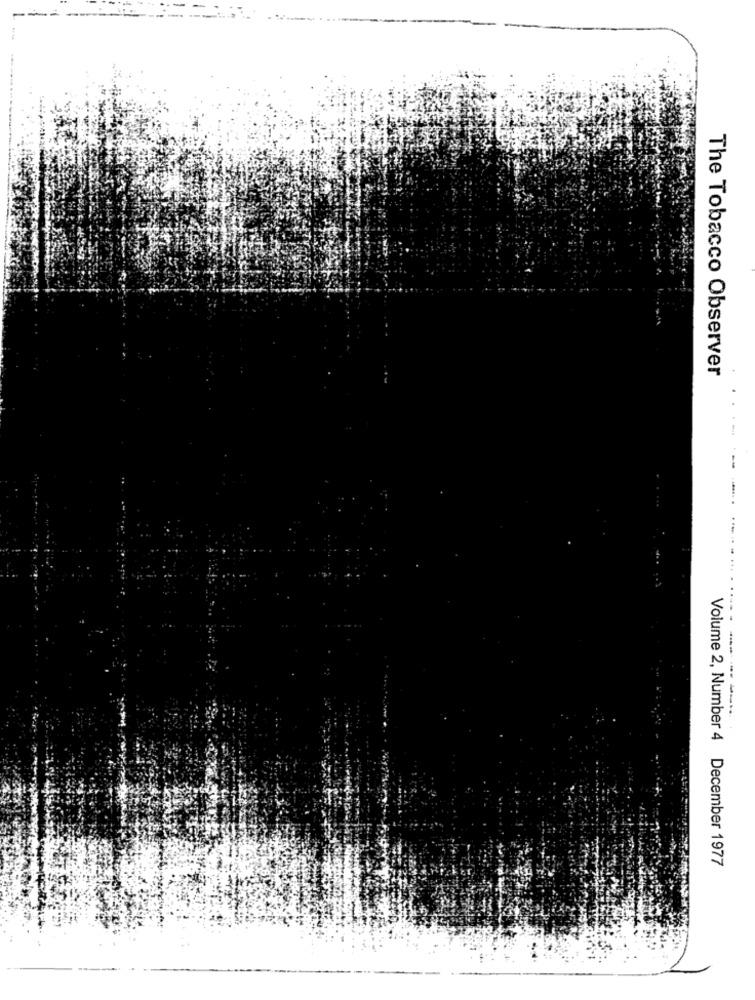
The Tobacco Observer
Volume 2, Number 4 December 1977